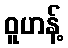
ဝူဟန့်